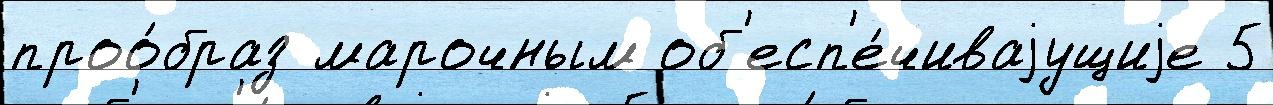
проо́браз марочным об'есп'е́чиваjущиjе 5